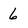
Character: 6